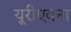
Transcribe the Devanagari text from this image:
यूरीएवना